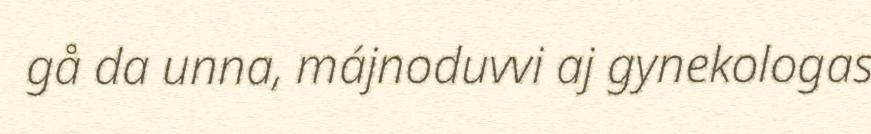
gå da unna, májnoduvvi aj gynekologas